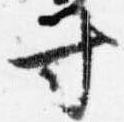
寸